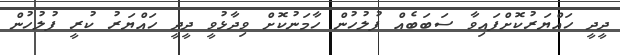
ދީދީ ހައްޔަރުކޮށްފައިވާ ސަބަބެއް ފުލުހުން ހާމަނުކޮށް ވިދާޅުވީ ދީދީ ހައްޔަރު ކުރީ ފުލުހުން